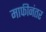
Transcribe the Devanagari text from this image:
माफीनंतर